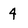
Character: 4